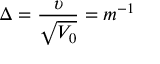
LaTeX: \Delta = \frac { \upsilon } { \sqrt { V _ { 0 } } } = m ^ { - 1 }